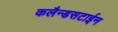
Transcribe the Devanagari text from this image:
कलैन्डसटाईन